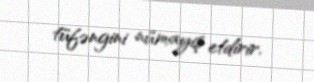
tüfəngini nümayiş etdirir.